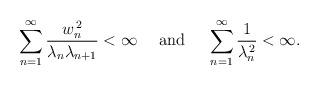
LaTeX: \begin{align*}\sum_{n=1}^{\infty}\frac{w_{n}^{\,2}}{\lambda_{n}\lambda_{n+1}}<\infty\quad\mbox{ and }\quad\sum_{n=1}^{\infty}\frac{1}{\lambda_{n}^{\,2}}<\infty.\end{align*}